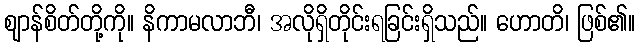
ဈာန်စိတ်တို့ကို။ နိကာမလာဘီ၊ အလိုရှိတိုင်းရခြင်းရှိသည်။ ဟောတိ၊ ဖြစ်၏။